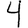
Digit: 4